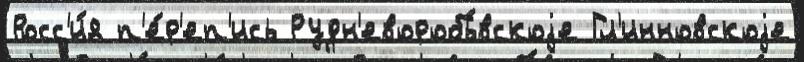
Росс'и́я п'е́р'еп'ись Рудн'еворобь́вскоjе Гл'инновскоjе